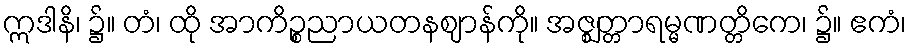
ဣဒါနိ၊ ၌။ တံ၊ ထို အာကိဉ္စညာယတနဈာန်ကို။ အဇ္ဈတ္တာရမ္မဏတ္တိကေ၊ ၌။ ဧကံ၊